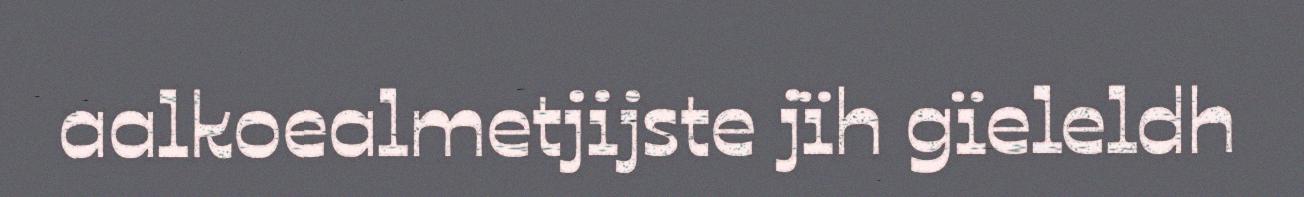
aalkoealmetjijste jïh gïeleldh